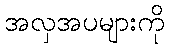
အလှအပများကို